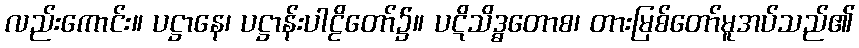
လည်းကောင်း။ ပဋ္ဌာနေ၊ ပဋ္ဌာန်းပါဠိတော်၌။ ပဋိသိဒ္ဓတောစ၊ တားမြစ်တော်မူအပ်သည်၏